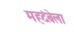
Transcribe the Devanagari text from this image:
महदंबेला